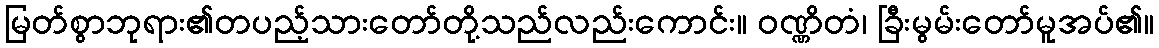
မြတ်စွာဘုရား၏တပည့်သားတော်တို့သည်လည်းကောင်း။ ဝဏ္ဏိတံ၊ ခြီးမွမ်းတော်မူအပ်၏။